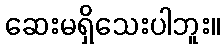
ဆေးမရှိသေးပါဘူး။